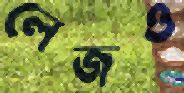
লেজও